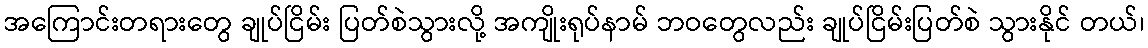
အကြောင်းတရားတွေ ချုပ်ငြိမ်း ပြတ်စဲသွားလို့ အကျိုးရုပ်နာမ် ဘဝတွေလည်း ချုပ်ငြိမ်းပြတ်စဲ သွားနိုင် တယ်၊